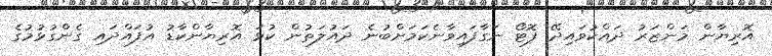
އޮރިޔާން މަންޒަރު ދައްކުވައިދޭ ފޮޓޯ ނަގާފައިވާނެކަމަށްބުނެ ދައުލަތުން ކުޅަ އޮރިޔާންކާޑު އުފައްދައި ގެންގުޅުމުގެ